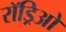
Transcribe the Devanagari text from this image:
रॉड्रिओ